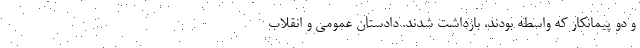
و دو پیمانکار که واسطه بودند، بازداشت شدند. دادستان عمومی و انقلاب